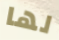
لها